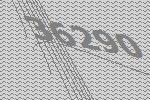
36290